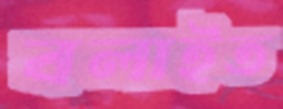
বলাইত